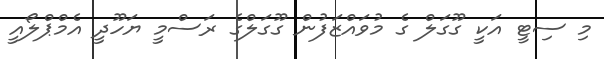
މި ސިޓީ އަކީ ގޫގަލް ގެ މުވައްޒަފުން ގޫގަލްގެ ރަސްމީ ޔަހޫދީ އެމްޕްލޯއީ